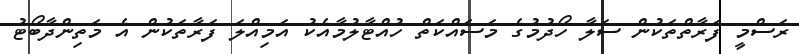
ރަސްމީ ފަރާތްތަކުން ސަލާ ހޯދުމުގެ މަސައްކަތް ހުއްޓާލުމާއެކު އަމިއްލަ ފަރާތަކުން އެ މަތިންދާބޯޓު